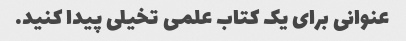
عنوانی برای یک کتاب علمی تخیلی پیدا کنید.